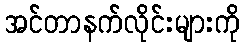
အင်တာနက်လိုင်းများကို